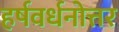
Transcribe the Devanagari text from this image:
हर्षवर्धनोत्तर